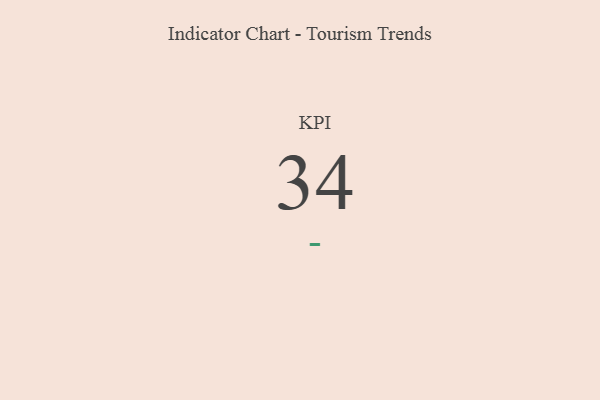
{"axis": {"x": "KPI", "y": "Value"}, "legend": [""], "data": [{"x": "KPI", "y": 34, "type": ""}]}